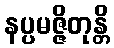
နပ္ပမဇ္ဇိတုန္တိ